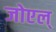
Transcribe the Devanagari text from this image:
जोएल्‌